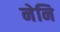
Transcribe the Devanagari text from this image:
नेनि